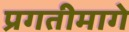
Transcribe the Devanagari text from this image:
प्रगतीमागे